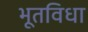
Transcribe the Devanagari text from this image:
भूतविधा